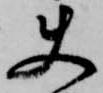
使